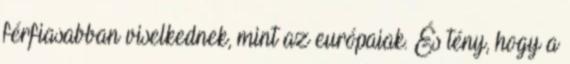
férfiasabban viselkednek, mint az európaiak. És tény, hogy a